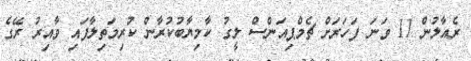
ރެއާލުން 11 ވަނަ ފަހަރަށް ޗެމްޕިއަންސް ލީގު ކާމިޔާބުކުރާން ކުރިމަތިލާފައި ވާއިރު ރޭގެ